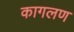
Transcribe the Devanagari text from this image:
कागलण